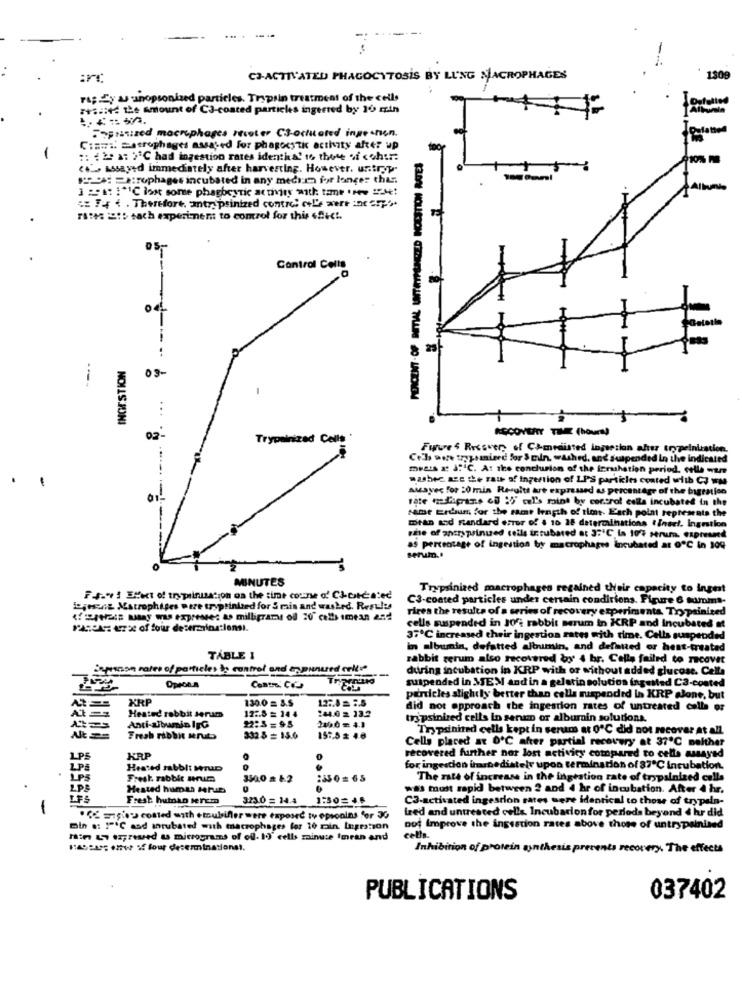
CJ-ACTIVATED PHAGOCYTOSIS BY LUNG MACROPHAGES
130
Pas Zy & anopsonized particles. Trypsin treatment of the cells
ISii+ the Amount of C3-coated particles ingerted by 16 min
Sopuanized macrophages Iteter C3-ochitated inge .ren.
C := #2 metrophages assased for phagocytic activity after up
-
:: ( 29 : )"C had ingestion rates identhal to those of cohur:
10% m
wssayed immediately after harvesting. However. untryp.
NO: = Arophages incubated in any medium for longer this.
1 :A IC lost some phagbeytic at thiry with: tame . 224!
: Fer ( . Therefore, atrypsinized control ceL'e were incorpo.
rates 2015 tach experiment to comrol for this eSic !.
--
Control Cells
-
25
INGESTION
03-
1
RECOVERY TIME (hour
02
Trypainized Celle
Future 4 Recovery of Co-mediated ingserian after trypeinustion
Cel owe trypsanieed for 3 min. washed, and suspended In the indicale
mesis & JC. At the conclusion of the ferahation period. celle wer
.
washer ace the rate of ingertion of LPS particles coated with C3 wM
awayer for 20 min Resultt aut expressed as percentage of the bagration
01
rate mipans &# :' cel's mint by control calls incubated in the
same Erdum for the same length of time. Each point represents the
mean and rtandard error of $ 10 28 detercihations tinsel. Ingration
rhe of antrypsinused cells tr subared at 3:'℃ Is 10/4 serum. expressed
as percentage of ingestion by macrophages incubated at 0℃ in 104
MINUTES
Trypsinized macrophages regained their capacity to Ingest
F.s." ! Effect of trypsinisation on the time course of Cl-citdated
C3-coated particles under certain conditions. Figure 6 mumms-
ijessne Astrophiges were tryptinited for S mis and washed. Results
rires the results of a series of recovery experimenta. Trypsiniced
Pascas: azac of four deseraylostlensi.
cells suspended in J0% rabbit serum in KRP and incubated at
37℃ increased their ingestion rates with time. Cells suspended
in albumin, defatted albumin, and defatted or hent-treated
TABLE 1
rabbit rerum also recovered by 4 br. Colla failed to recover
psnon rates of particles to control and trypunured cell!"
--
during incubation in KRP with or without added glucose. Cella
suspended in MEM and in a gelatin solution inguited CS-coated
XRP
130.0 = 3.5
particles slightly better than cells suspended in KRP .Jone, but
Heated rabbit Jerum
12 :. 8 = 14 4
244.0 2 33.2
did not approach the ingestion rates of untreated colla or
At ==
2100 = 4.1
trypsinized cells in sen or albumin solutions.
Anti-albumin IrG
22:5=95
Trypsinited cells kept in serum at 0℃ did not recover at all.
Fresh rabbit sento
332 5 = 15.0
157,52 46
Cells placed at O'℃ after partial recovery at 37"℃ neither
recovered further not lost activity compared to cells assayed
LPS
KRP
.
LPS
Heated sabblt Mrup
for ingestion irenedistely upon termination of 87℃ incubation.
LPS
Fresh rabbit urum
2350 = 65
The rate of increase in the ingeation rate of trypsinized calls
Heated human Marus
was must rapid between 2 and 4 hr of incubation. After 4 hr.
LFS
Fresh human sercm
323.0 = 14.4
1:30=4.6
C3-activated ingestion rates were identical to those of trypsin-
ized and untreated cells. Incubation for periods beyand d hr did
" mio coated with emulsifier were exposed ty epsonins for 30
Bin 8: 1"'℃ and intubated with macrophages for 10 pain. Ingestion
not Improve the ingsation rates above those of untrypsinised
Tim &7 ozgreed to micrograms of off- 19' cells minute Imran and
cells.
Inhibition of protein synthesis prevents recovery. The effects
PUBLICATIONS
037402